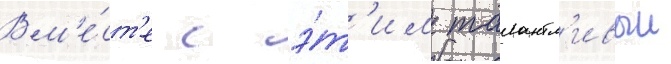
Вм'е́ст'е с э́т'им талантл'ивыи